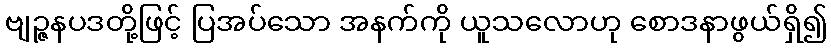
ဗျဉ္ဇနပဒတို့ဖြင့် ပြအပ်သော အနက်ကို ယူသလောဟု စောဒနာဖွယ်ရှိ၍